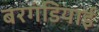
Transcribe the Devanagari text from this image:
बरगंडियाई